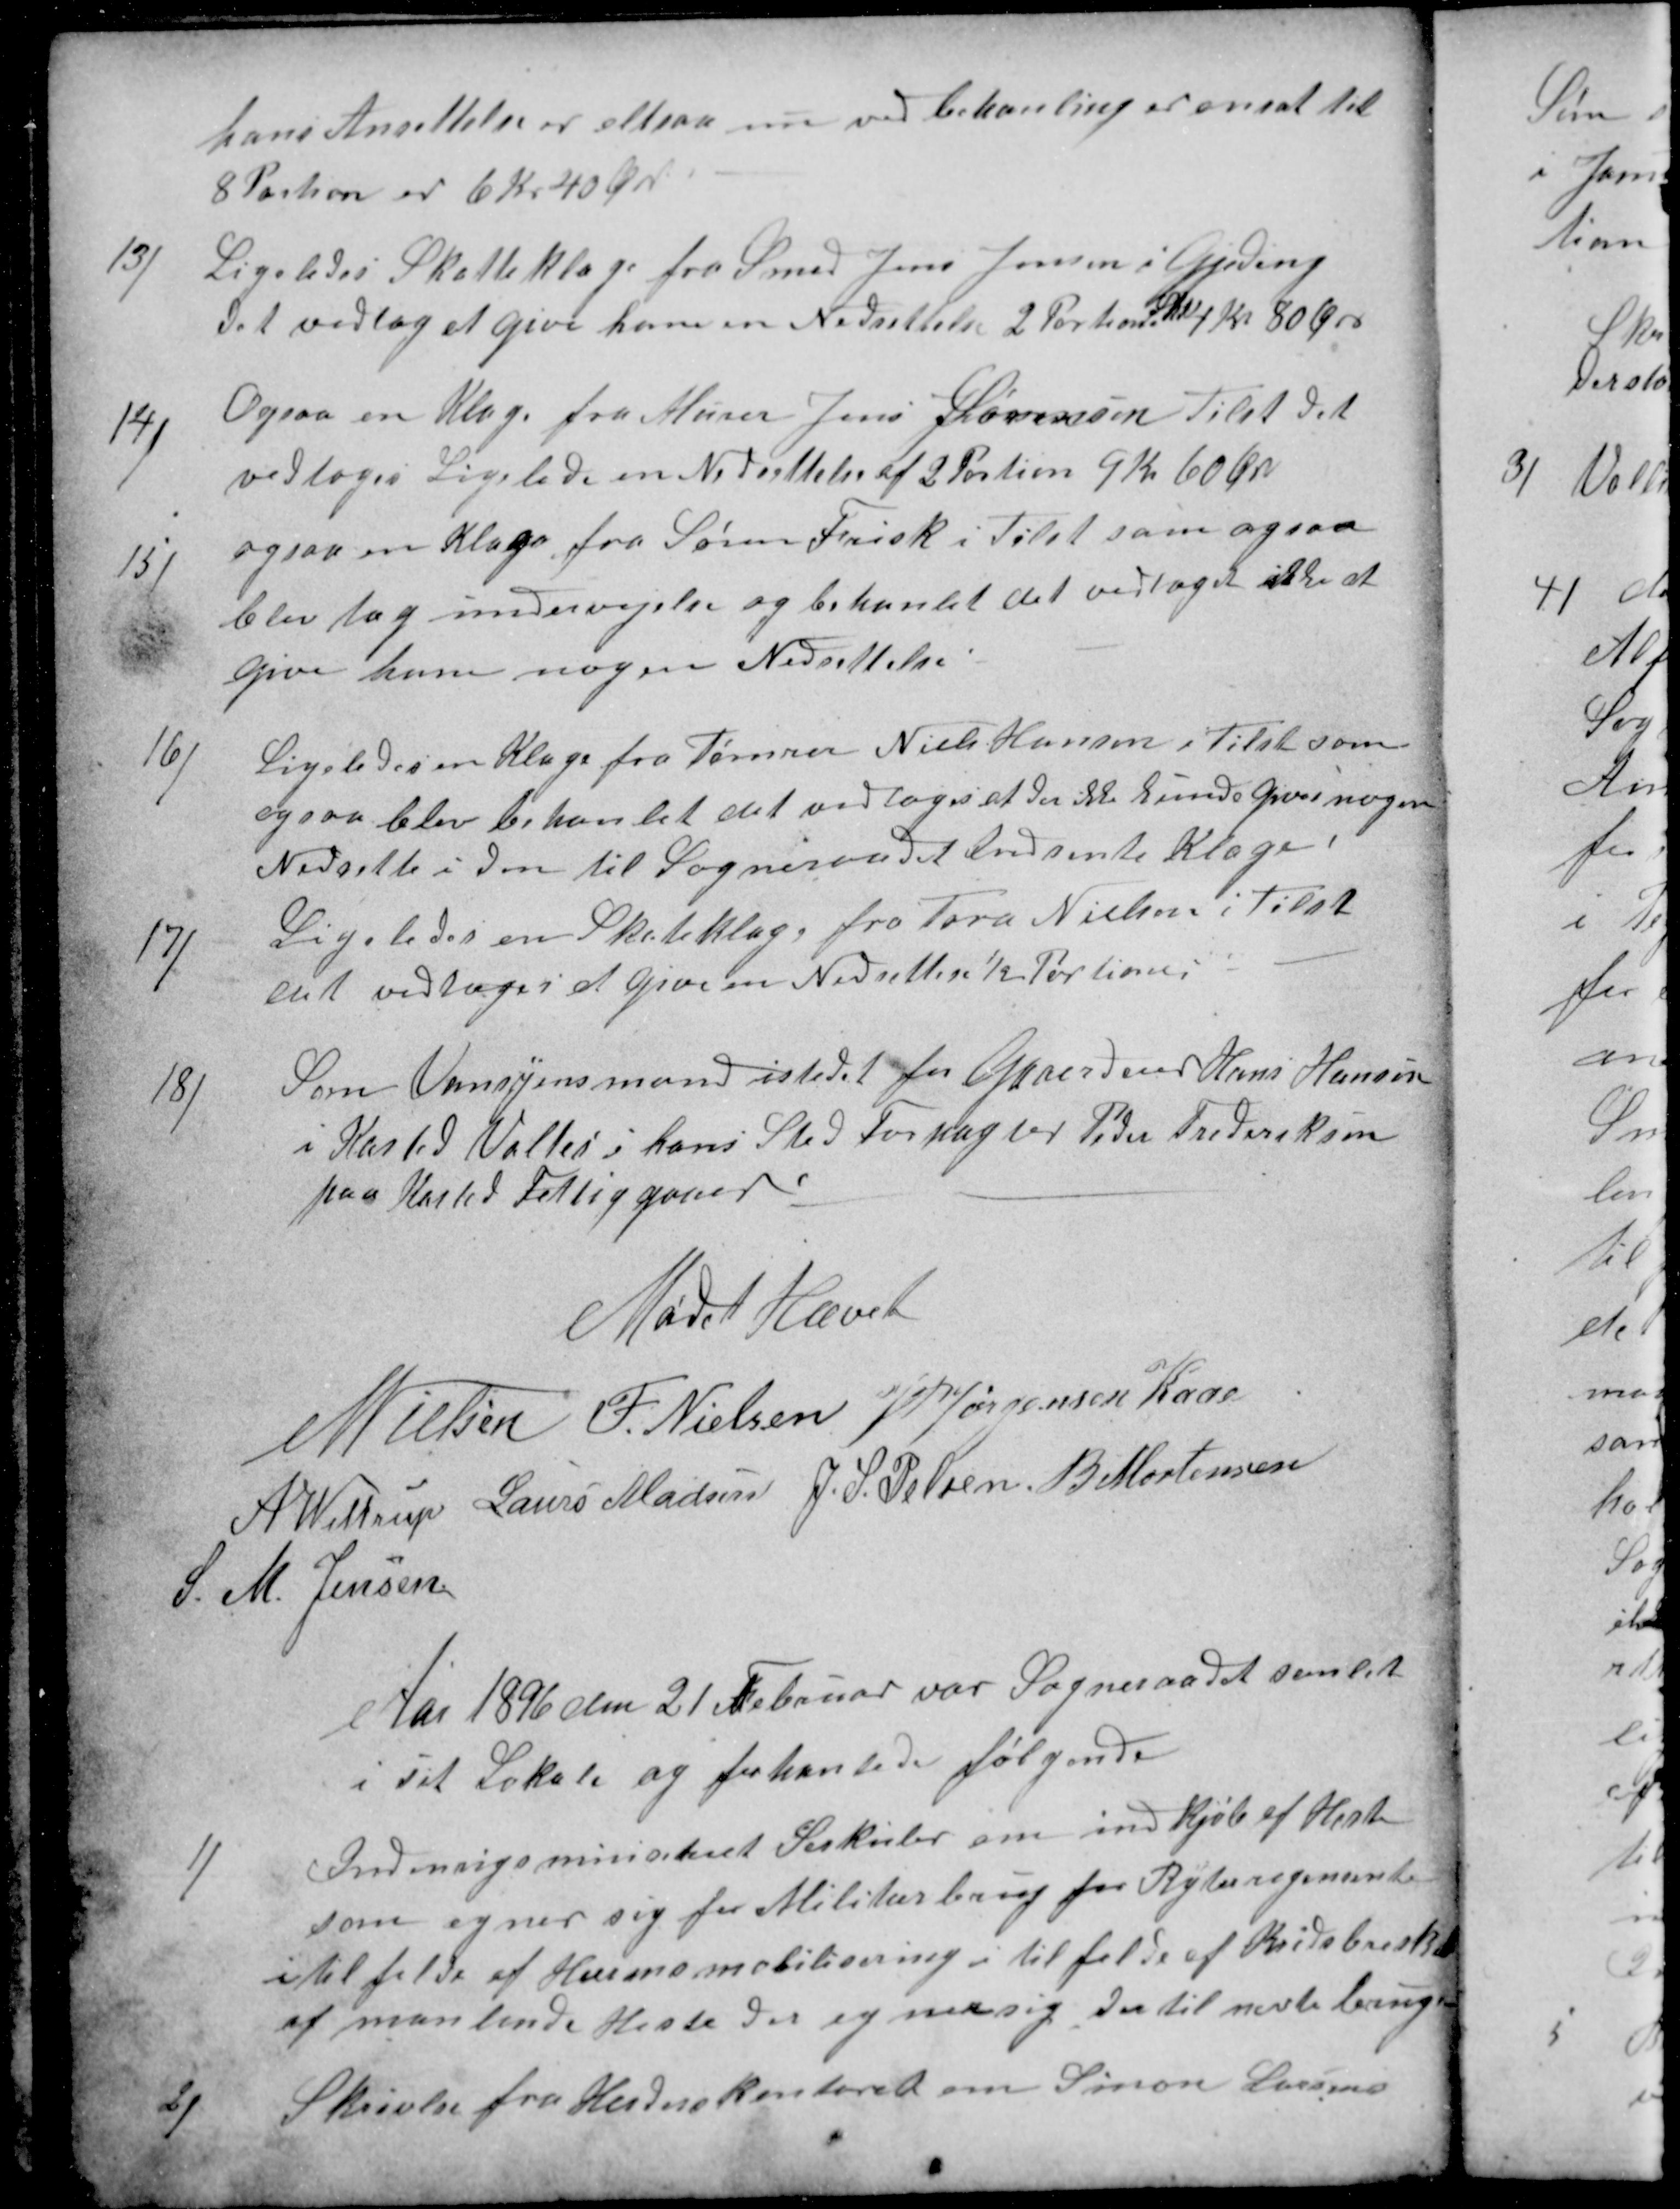
Transskription:
hans Ansettelse er altsaa nu ved behanling er ansat til
8 Portioner 6 Kr 40 Øre
13)
Ligeledes Skatteklage fra Smed Jens Jensen i Gjeding
det vedtog at give ham en Nedsettelse 2 Portion 4 Kr 80 Øre
14)
Ogsaa en Klage fra Murer Jens Sørensen Tilst det
vedtoges Ligeledes en Nedsettelse af 2 Portion 9 Kr 60 Øre
15)
ogsaa en Klage fra Søren Frisk i Tilst som ogsaa
blev tag undervejelse og behanlet det vedtoges ikke at
give ham nogen Nedsettelse
16)
Ligeledes en Klage fra Tømrer Niels Hansen i Tilst som
ogsaa blev behandet det vedtoges at der ikke kunde Gives nogen
Nedsette i den til Sogneraadet indsente Klage!
17)
Ligeledes en Skateklage fra Tora Nielsen i Tilst
det vedtoges at give en Nedsettese ½ Portion!
18)
Som Vansynsmand istedet for Gaardeier Hans Hansen
i Kasted Valtes i hans Sted Forpagter Peder Frederiksen
paa Kasted Fattiggaard
Mødet Hævet
N Nielsen
F. Nielsen
J P Jørgensen Kaae
A. Wittrup
Laurs Madsen
J. S. Pelsen
B Mortensen
S. M. Jensen
Aar 1896 den 21 Februar var Sogneraadet samlet
i sit Lokale og forhanlede følgende
1)
Indenrigsministret Sirkuler om indkjøb af Heste
som egner sig for Militærbrug for Ryteregimente
i tilfelde af Husars mobilisering i tilfelde af Kridsbreskab
af manlede Heste der egner sig der til nevte brug
2)
Skrivelse fra Herderslpmtpret om Simon Larsens